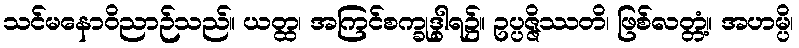
သင်မနောဝိညာဉ်သည်။ ယတ္ထ၊ အကြင်စက္ခုဒွါရ၌။ ဥပ္ပဇ္ဇိဿတိ၊ ဖြစ်လတ္တံ့။ အဟမ္ပိ၊